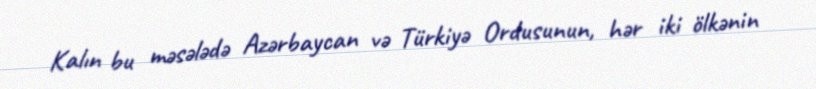
Kalın bu məsələdə Azərbaycan və Türkiyə Ordusunun, hər iki ölkənin